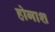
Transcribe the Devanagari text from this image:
होगाश